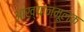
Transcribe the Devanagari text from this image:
आख्यानमूलक